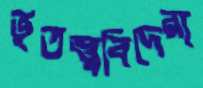
ভূতত্ত্ববিদেরা